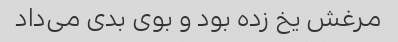
مرغش یخ زده بود و بوی بدی می‌داد